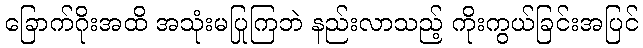
ခြောက်ဂိုးအထိ အသုံးမပြုကြဘဲ နည်းလာသည့် ကိုးကွယ်ခြင်းအပြင်